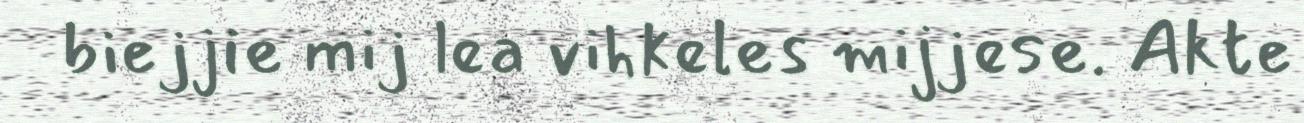
biejjie mij lea vihkeles mijjese. Akte